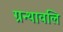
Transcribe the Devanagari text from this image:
ग्रन्थावलि